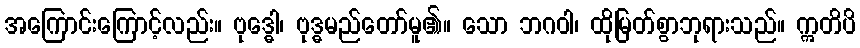
အကြောင်းကြောင့်လည်း။ ဗုဒ္ဓေါ၊ ဗုဒ္ဓမည်တော်မူ၏။ သော ဘဂဝါ၊ ထိုမြတ်စွာဘုရားသည်။ ဣတိပိ